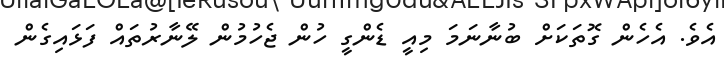
އެވެ. އެހެން ގޮތަކަށް ބުނާނަމަ މިއީ ޑެންގީ ހުން ޖެހުމުން ލޭނާރުތައް ފަޅައިގެން